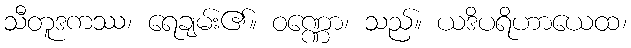
သီတူဒကဿ၊ ရေချမ်း၏။ ဝဏ္ဏော၊ သည်။ ယဒိပရိဟာယေထ၊